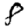
Digit: 8